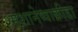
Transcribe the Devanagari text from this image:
श्मशानेष्वाक्रीडा